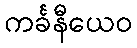
ကင်္ခနီယေဝ